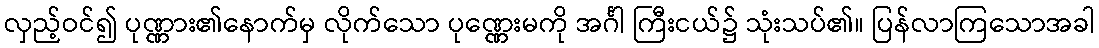
လှည့်ဝင်၍ ပုဏ္ဏား၏နောက်မှ လိုက်သော ပုဏ္ဏေးမကို အင်္ဂါ ကြီးငယ်၌ သုံးသပ်၏။ ပြန်လာကြသောအခါ